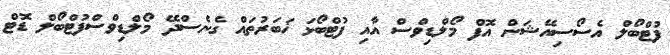
ފުޓްބޯލް އެސޯސިއޭޝަން އޮފް މޯލްޑިވްސް އާއި ފުޓްބޯޅަ ޚަބަރުތައް ގެނެސްދޭ މޯލްޑިވްސްފުޓްބޯލް ޑޮޓް